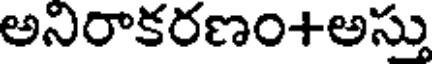
అనిరాకరణం+అస్తు